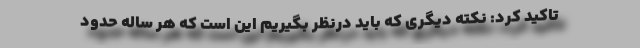
تاکید کرد: نکته دیگری که باید درنظر بگیریم این است که هر ساله حدود